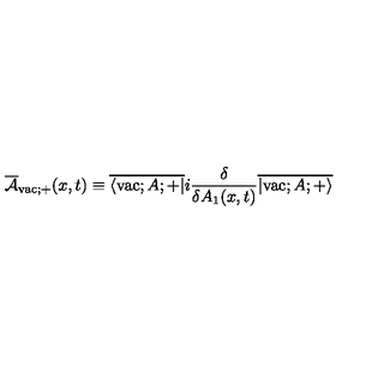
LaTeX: \overline { { \cal A } } _ { \mathrm { v a c } ; + } ( x , t ) \equiv \overline { { \langle \mathrm { v a c } ; A ; + | } } i \frac { \delta } { \delta A _ { 1 } ( x , t ) } \overline { { | \mathrm { v a c } ; A ; + \rangle } }